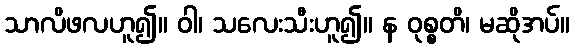
သာလိဖလဟူ၍။ ဝါ၊ သလေးသီးဟူ၍။ န ဝုစ္စတိ၊ မဆိုအပ်။